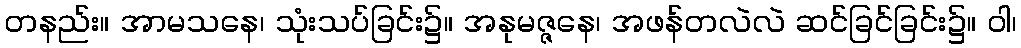
တနည်း။ အာမသနေ၊ သုံးသပ်ခြင်း၌။ အနုမဇ္ဇနေ၊ အဖန်တလဲလဲ ဆင်ခြင်ခြင်း၌။ ဝါ၊